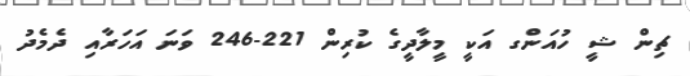
ޗިން ޝީ ހުއަންގ އަކީ މީލާދީގެ ކުރިން 221-246 ވަނަ އަހަރާއި ދެމެދު